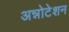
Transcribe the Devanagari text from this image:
अन्नोटेशन